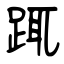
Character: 踂